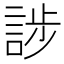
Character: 𮘘